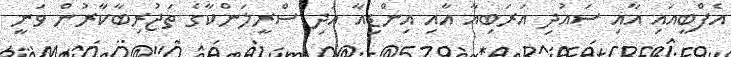
އެފްބީއައި އާއި ސައުދި އަރަބިއާ އާއި އިންޑިއާ އަދި ސްރީލަންކާގެ ތަޖުރިބާކާރުން ވަނީ